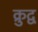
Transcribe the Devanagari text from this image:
क्रुद्व